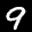
Label: 9